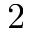
2